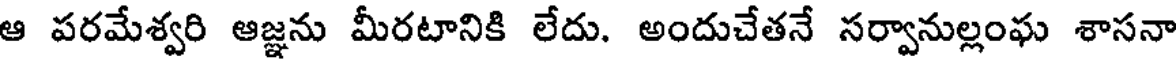
ఆ పరమేశ్వరి ఆజ్ఞను మీరటానికి లేదు. అందుచేతనే సర్వానుల్లంఘ శాసనా